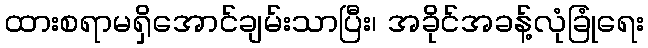
ထားစရာမရှိအောင်ချမ်းသာပြီး၊ အခိုင်အခန့်လုံခြုံရေး